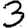
Digit: 3